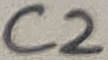
Text: C2